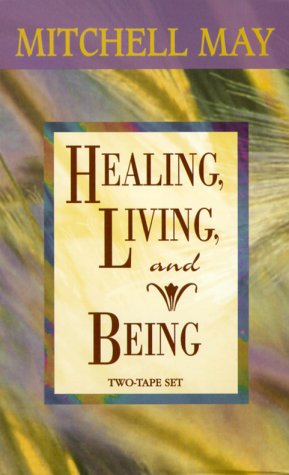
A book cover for Healing, Living, and Being; Mitchell M. May; Self-Help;